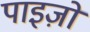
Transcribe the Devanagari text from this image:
पाइज़ो